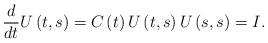
LaTeX: \begin{align*}\frac{d}{dt}U\left( t,s\right) =C\left( t\right) U\left( t,s\right)U\left( s,s\right) =I. \end{align*}